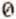
0